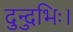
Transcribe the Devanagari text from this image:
दुन्दुभिः।